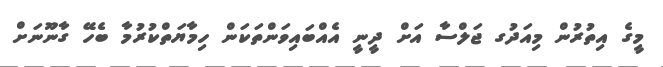
މީގެ އިތުރުން މިއަދުގ ޖަލްސާ އަށް ދީނީ އެއްބައިވަންތަކަން ހިމާޔަތްކުރުމާ ބެހޭ ގާނޫނަށް